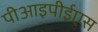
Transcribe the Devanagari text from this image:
पीआइपीईएस